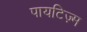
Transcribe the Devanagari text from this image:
पायटिज़्म